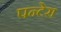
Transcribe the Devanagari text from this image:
पन्टेरा